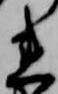
れ